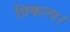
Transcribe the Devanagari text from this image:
विकल्प।